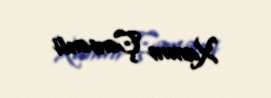
Xanım Çəmənli